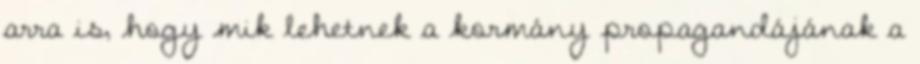
arra is, hogy mik lehetnek a kormány propagandájának a